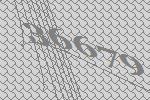
36679